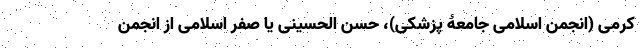
کرمی (انجمن اسلامی جامعۀ پزشکی)، حسن الحسینی یا صفر اسلامی از انجمن